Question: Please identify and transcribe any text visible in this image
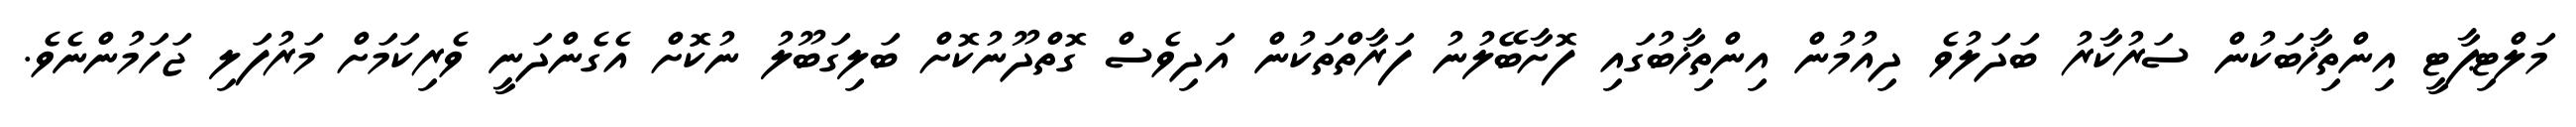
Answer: މަލްޓިޕާޓީ އިންތިޚާބަކުން ސަރުކާރު ބަދަލުވެ ދިއުމުން އިންތިޚާބުގައި ފޮށާބޭލުނު ފަރާތްތަކުން އަދިވެސް ގޮތްދޫނުކޮށް ބަލިގަބޫލު ނުކޮށް އެގެންދަނީ ވެރިކަމަށް މަރުފަލި ޖަހަމުންނެވެ.